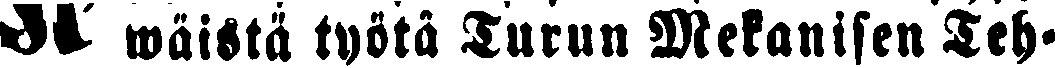
# wäistä työtä Turun Mekanisen Teh-